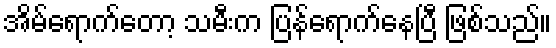
အိမ်ရောက်တော့ သမီးက ပြန်ရောက်နေပြီ ဖြစ်သည်။